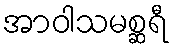
အာဝါသမစ္ဆရီ